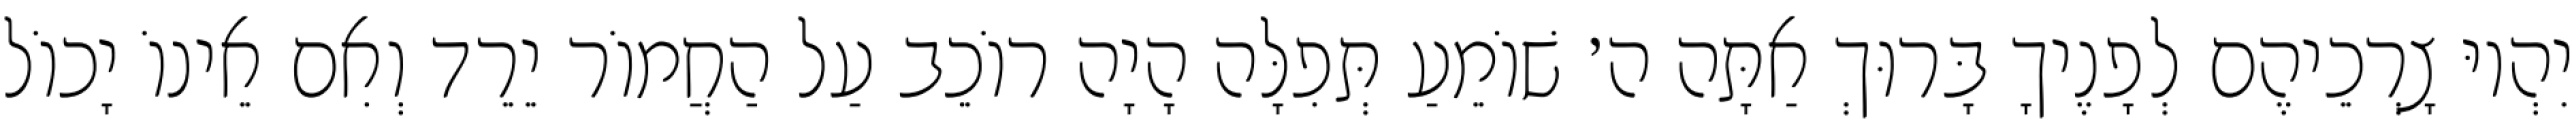
יִהְיוּ צָרְכֵיהֶם לְפָנֶיךָ בָּרוּךְ אַתָּה ה׳ שׁוֹמֵעַ תְּפִלָּה הָיָה רוֹכֵב עַל הַחֲמוֹר יֵרֵד וְאִם אֵינוֹ יָכוֹל